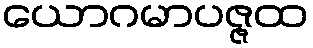
ယောဂမာပဇ္ဇထ